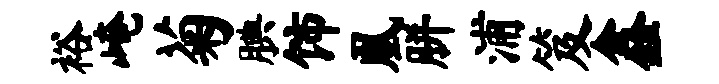
裕崦菊腆饰凰胼浦笈鑫